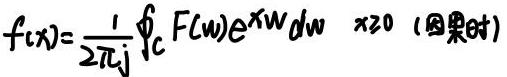
\( f(x)=\frac{1}{2\pi j}\oint_{C} F(w)e^{xw} dw \quad x \geq 0  (\)因果时)